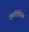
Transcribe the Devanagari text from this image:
जयाद्रिविजय